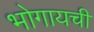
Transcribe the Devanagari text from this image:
भोगायची